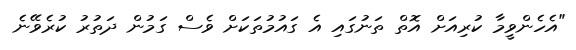
"އެހެންވީމާ ކުރިއަށް އޮތް ތަނުގައި އެ ގައުމުތަކަށް ވެސް ގަމުން ދަތުރު ކުރެވޭނެ